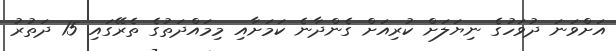
އަށްވަނަ ދުވަހުގެ ނިޔަލަށް ކުރިއަށް ގެންދާނެ ކަމަށާއި މިމައްދަތުގެ ތެރޭގައި 15 ދަތުރު